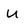
Character: u